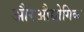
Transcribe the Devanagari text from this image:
औरऔद्योगिक